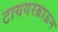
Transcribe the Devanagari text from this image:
टायगरब्राऊन